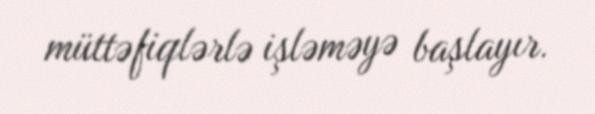
müttəfiqlərlə işləməyə başlayır.